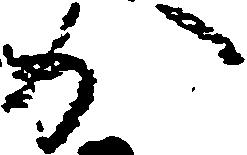
か